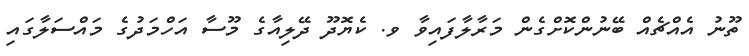
ތޫނު އެއްޗެއް ބޭނުންކޮށްގެން މަރާލާފައިވާ ވ. ކެޔޮދޫ ދޭލިއާގެ މޫސާ އަހްމަދުގެ މައްސަލާގައި